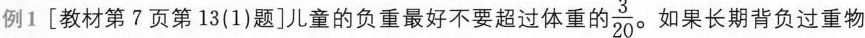
例1 [教材第7页第13(1)题]儿童的负重最好不要超过体重的 \frac{3}{20}。如果长期背负过重物